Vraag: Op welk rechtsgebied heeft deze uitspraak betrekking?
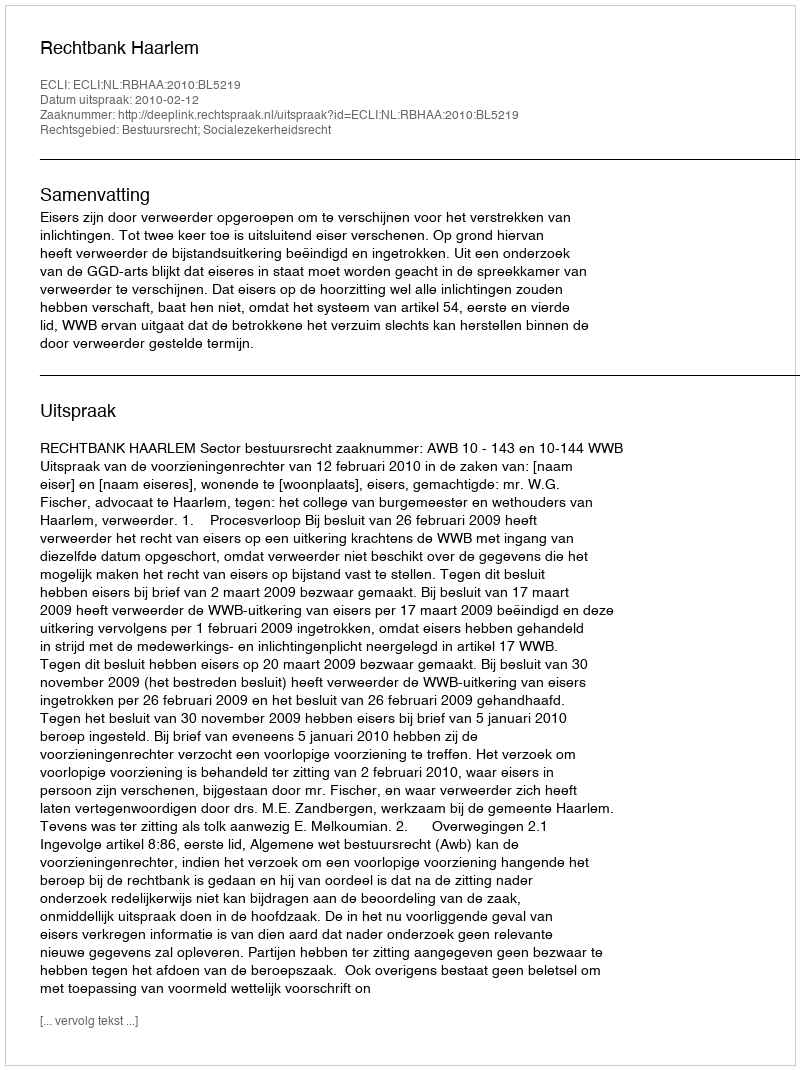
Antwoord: Bestuursrecht; Socialezekerheidsrecht